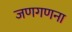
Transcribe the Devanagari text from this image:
जणगणना